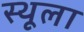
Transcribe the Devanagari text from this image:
स्थूला